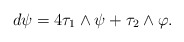
\begin{align*} d \psi = 4 \tau_1 \wedge \psi + \tau_2 \wedge \varphi.\end{align*}